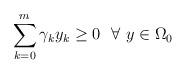
LaTeX: \begin{align*} \sum_{k=0}^{m} \gamma_{k}y_{k}\ge 0\ \ \forall\ y\in\Omega_{0}\end{align*}